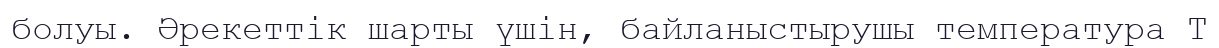
болуы. Әрекеттік шарты үшін, байланыстырушы температура Т